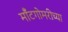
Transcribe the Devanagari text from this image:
मॉँटगोमरीच्या